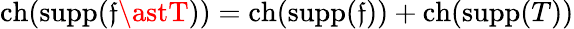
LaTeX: \operatorname{ch}(\operatorname{supp}(\mathfrak{f}\astT))=\operatorname{ch}(\operatorname{supp}(\mathfrak{f}))+\operatorname{ch}(\operatorname{supp}(T))